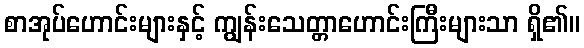
စာအုပ်ဟောင်းများနှင့် ကျွန်းသေတ္တာဟောင်းကြီးများသာ ရှိ၏။